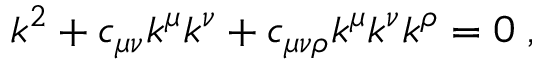
k ^ { 2 } + c _ { \mu \nu } k ^ { \mu } k ^ { \nu } + c _ { \mu \nu \rho } k ^ { \mu } k ^ { \nu } k ^ { \rho } = 0 \; ,